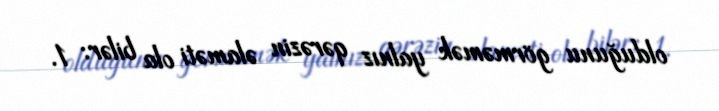
olduğunu görməmək yalnız qərəzin əlaməti ola bilər: 1.